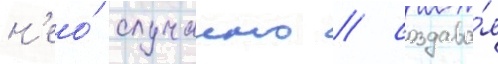
н'ео́ случаино / создава́я